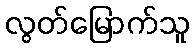
လွတ်မြောက်သူ